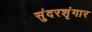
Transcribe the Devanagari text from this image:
सुंदरशृंगार